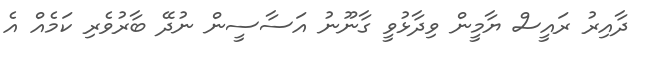
ދާއިރު ރައީސް ޔާމީން ވިދާޅުވީ ގާނޫނު އަސާސީން ނުދޭ ބާރުވެރި ކަމެއް އެ